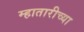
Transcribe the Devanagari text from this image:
म्हातारीच्या